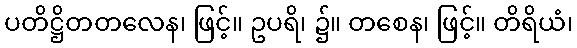
ပတိဋ္ဌိတတလေန၊ ဖြင့်။ ဥပရိ၊ ၌။ တစေန၊ ဖြင့်။ တိရိယံ၊